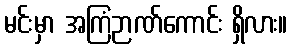
မင်းမှာ အကြံဉာဏ်ကောင်း ရှိလား။